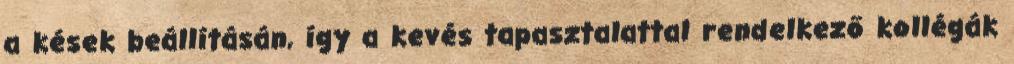
a kések beállításán, így a kevés tapasztalattal rendelkező kollégák